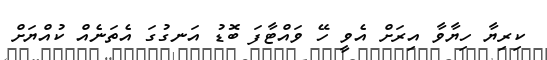
ކިރިޔާ ހިޔާވާ އިރަށް އެވީ ހޭ ވައްޓާފަ ބޮޑު އަނގުގަ އެތަނެއް ކުއްޔަށް